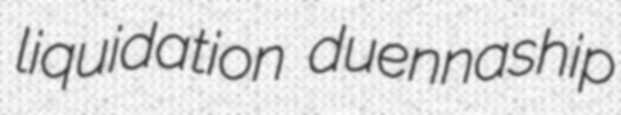
liquidation duennaship